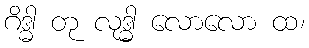
ဂိဒ္ဓါ တု လုဒ္ဓါ လောလော ထ၊